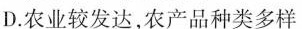
D.农业较发达，农产品种类多样